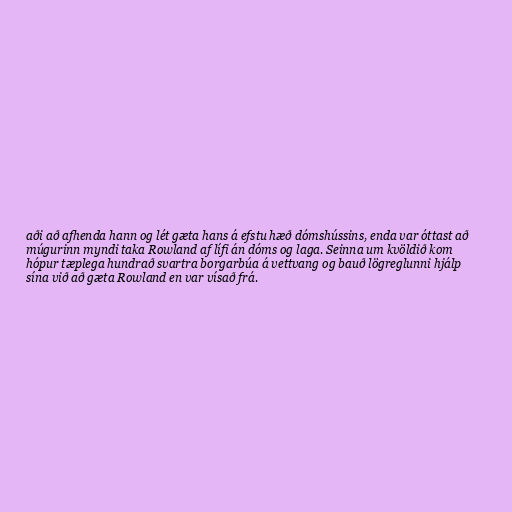
aði að afhenda hann og lét gæta hans á efstu hæð dómshússins, enda var óttast að
múgurinn myndi taka Rowland af lífi án dóms og laga. Seinna um kvöldið kom
hópur tæplega hundrað svartra borgarbúa á vettvang og bauð lögreglunni hjálp
sína við að gæta Rowland en var vísað frá.